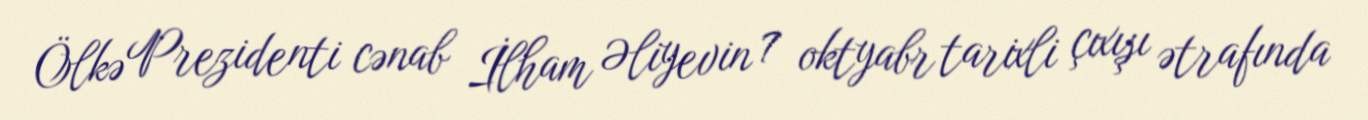
Ölkə Prezidenti cənab İlham Əliyevin 7 oktyabr tarixli çıxışı ətrafında